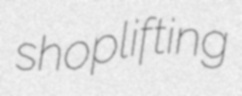
shoplifting